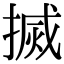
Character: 搣